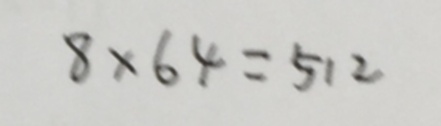
8 \times 6 4 = 5 1 2